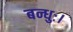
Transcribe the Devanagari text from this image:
बन्धुः।